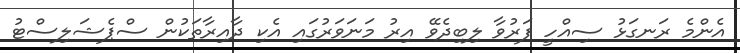
އެންމެ ރަނގަޅު ސިއްހީ ފަރުވާ ލިބިދެވޭ އިރު މަނަވަރުގައި އެކި ދާއިރާތަކުން ސްޕެޝަލިސްޓު